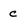
Character: c